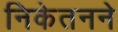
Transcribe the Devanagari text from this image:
निकेतनने